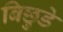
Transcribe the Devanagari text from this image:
बिछुडे